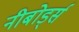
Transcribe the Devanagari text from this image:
नीबोर्ड्स